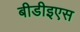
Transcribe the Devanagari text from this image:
बीडीइएस